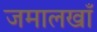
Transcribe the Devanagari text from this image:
जमालखाँ